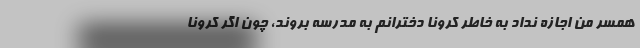
همسر من اجازه نداد به خاطر کرونا دخترانم به مدرسه بروند، چون اگر کرونا